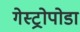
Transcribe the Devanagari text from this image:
गेस्ट्रोपोडा